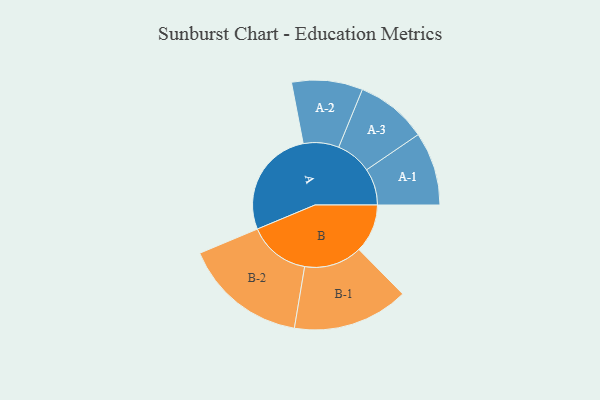
{"axis": {"x": "Segment", "y": "Value"}, "legend": ["", "A", "B"], "data": [{"x": "A", "y": 442, "type": ""}, {"x": "B", "y": 197, "type": ""}, {"x": "A-1", "y": 149, "type": "A"}, {"x": "A-2", "y": 144, "type": "A"}, {"x": "A-3", "y": 145, "type": "A"}, {"x": "B-1", "y": 235, "type": "B"}, {"x": "B-2", "y": 251, "type": "B"}]}